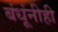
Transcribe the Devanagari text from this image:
बंधूंनीही